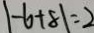
\vert - 6 + 8 \vert = 2